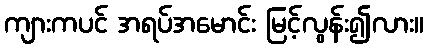
ကျားကပင် အရပ်အမောင်း မြင့်လွန်း၍လား။